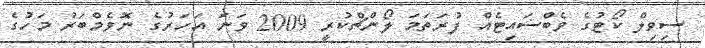
ސިވިލް ކޯޓުގެ ވެބްސައިޓެއް ފުރަތަމަ ލޯންޗްކުރީ 2009 ވަނަ އަހަރުގެ ނޮވެމްބަރު މަހުގެ